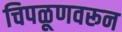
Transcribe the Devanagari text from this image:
चिपळूणवरून